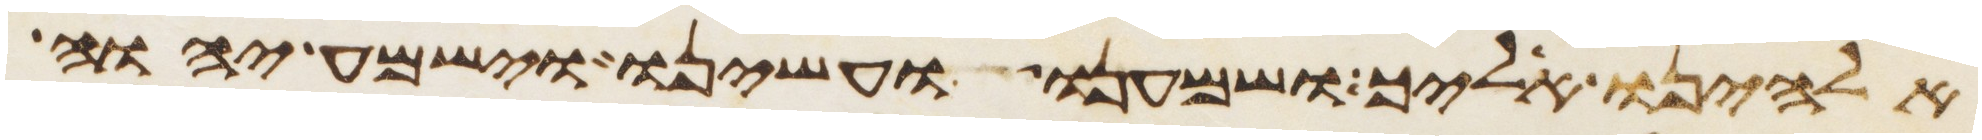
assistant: אלהינו אליך ושמענו ועשינו וישמע יהוה